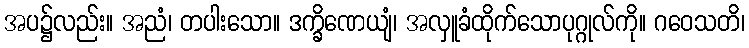
အပ၌လည်း။ အညံ၊ တပါးသော။ ဒက္ခိဏေယျံ၊ အလှူခံထိုက်သောပုဂ္ဂုလ်ကို။ ဂဝေသတိ၊